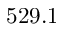
5 2 9 . 1